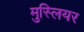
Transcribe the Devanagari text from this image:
मुस्लियर